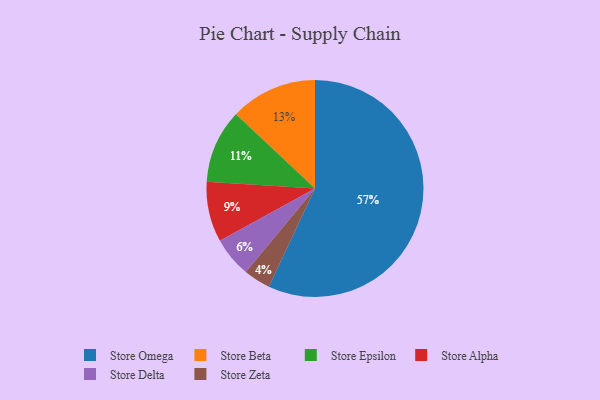
{"axis": {"x": "Category", "y": "Percentage"}, "legend": ["Store Alpha", "Store Beta", "Store Delta", "Store Epsilon", "Store Omega", "Store Zeta"], "data": [{"x": "Store Beta", "y": 13, "type": "Store Beta"}, {"x": "Store Alpha", "y": 9, "type": "Store Alpha"}, {"x": "Store Epsilon", "y": 11, "type": "Store Epsilon"}, {"x": "Store Delta", "y": 6, "type": "Store Delta"}, {"x": "Store Zeta", "y": 4, "type": "Store Zeta"}, {"x": "Store Omega", "y": 57, "type": "Store Omega"}]}